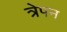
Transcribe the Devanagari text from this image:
त्रेपन